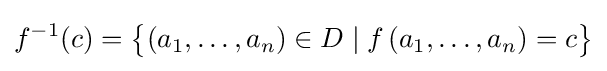
f^{-1}(c)={\bigl \{}(a_{1},\dots ,a_{n})\in D\mid f\left(a_{1},\dots ,a_{n}\right)=c{\bigr \}}